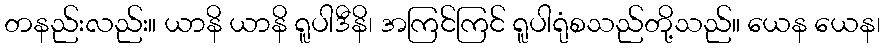
တနည်းလည်း။ ယာနိ ယာနိ ရူပါဒီနိ၊ အကြင်ကြင် ရူပါရုံစသည်တို့သည်။ ယေန ယေန၊